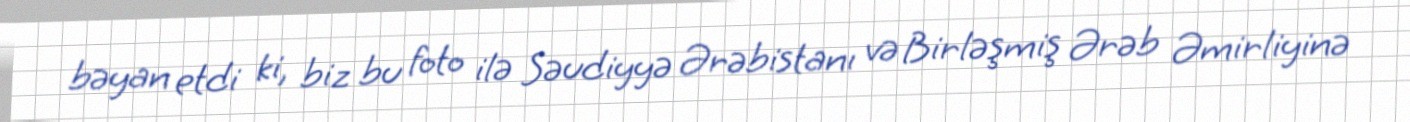
bəyan etdi ki, biz bu foto ilə Səudiyyə Ərəbistanı və Birləşmiş Ərəb Əmirliyinə